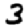
Digit: 3